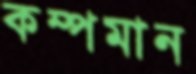
কম্পমান